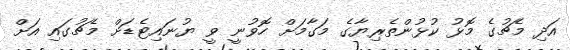
އަދި މެޗުގެ މޮޅު ކުޅުންތެރިޔާގެ މަގާމަށް ހޮވުނީ ވީ ޔުނައިޓެޑަށް މެޗުގައި އަށް